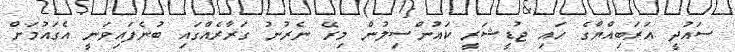
ސައުދީ އަރަބިއްޔާގެ ހައި ޖުޑީޝަރީ ކައުންސިލުން މިރޭ ނެރުނު ގަރާރެއްގައި ބުނެފައިވަނީ އެގައުމަށް